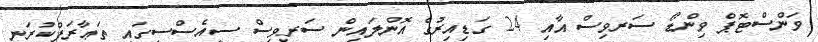
ވަންސްޓޮޕް ވިންޑޯ ސަރވިސް އާއި 24 ގަޑިއިރުގެ އޮންލައިން ސަރވިސް ސީއެސްސީގައި ތަޢާރަފްކުރަނީ